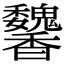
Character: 䭳